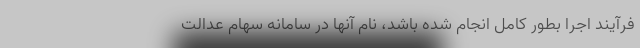
فرآیند اجرا بطور کامل انجام شده باشد، نام آنها در سامانه سهام عدالت